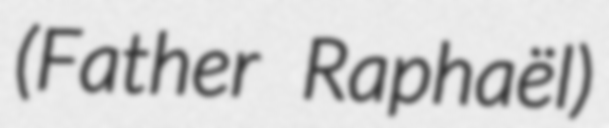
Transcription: (Father Raphaël)